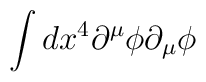
\int dx^4  \partial^\mu \phi \partial_\mu \phi